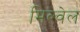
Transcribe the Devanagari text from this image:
मिल्वेल